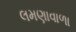
લમણાવાળા